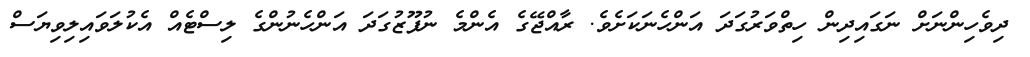
ދިވެހިންނަށް ނަގައިދިން ހިތްވަރުގަދަ އަންހެނަކަށެވެ. ރާއްޖޭގެ އެންމެ ނުފޫޒުގަދަ އަންހެނުންގެ ލިސްޓެއް އެކުލަވައިލިވިޔަސް